Indian journal of veterinary science and animal husbandry - Volumes 18-21, 1948-1951
Year: 1948
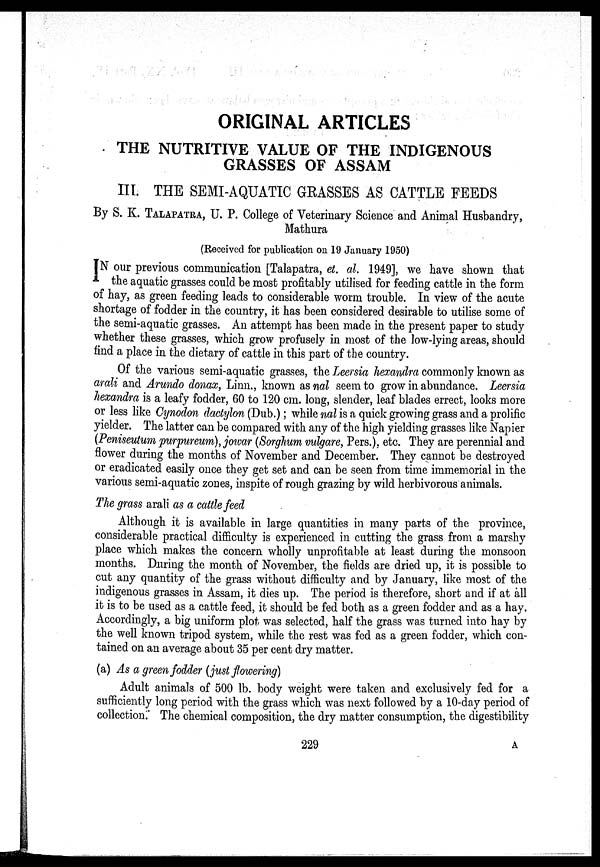
ORIGINAL ARTICLES
THE NUTRITIVE VALUE OF THE INDIGENOUS
GRASSES OF ASSAM
III. THE SEMI-AQUATIC GRASSES AS CATTLE FEEDS
By S. K. TALAPATRA, U. P. College of Veterinary Science and Animal Husbandry,
Mathura
(Received for publication on 19 January 1950)
IN our previous communication [Talapatra, et. al. 1949], we have shown that
the aquatic grasses could be most profitably utilised for feeding cattle in the form
of hay, as green feeding leads to considerable worm trouble. In view of the acute
shortage of fodder in the country, it has been considered desirable to utilise some of
the semi-aquatic grasses. An attempt has been made in the present paper to study
whether these grasses, which grow profusely in most of the low-lying areas, should
find a place in the dietary of cattle in this part of the country.
Of the various semi-aquatic grasses, the Leersia hexandra commonly known as
arali and Arundo donax, Linn., known as nal seem to grow in abundance. Leersia
hexandra is a leafy fodder, 60 to 120 cm. long, slender, leaf blades errect, looks more
or less like Cynodon dactylon (Dub.) ; while nal is a quick growing grass and a prolific
yielder. The latter can be compared with any of the high yielding grasses like Napier
(Peniseutum purpureum), jowar (Sorghum vulgare, Pers.), etc. They are perennial and
flower during the months of November and December. They cannot be destroyed
or eradicated easily once they get set and can be seen from time immemorial in the
various semi-aquatic zones, inspite of rough grazing by wild herbivorous animals.
The grass arali as a cattle feed
Although it is available in large quantities in many parts of the province,
considerable practical difficulty is experienced in cutting the grass from a marshy
place which makes the concern wholly unprofitable at least during the monsoon
months. During the month of November, the fields are dried up, it is possible to
cut any quantity of the grass without difficulty and by January, like most of the
indigenous grasses in Assam, it dies up. The period is therefore, short and if at all
it is to be used as a cattle feed, it should be fed both as a green fodder and as a hay.
Accordingly, a big uniform plot was selected, half the grass was turned into hay by
the well known tripod system, while the rest was fed as a green fodder, which con-
tained on an average about 35 per cent dry matter.
(a) As a green fodder (just flowering)
Adult animals of 500 lb. body weight were taken and exclusively fed for a
sufficiently long period with the grass which was next followed by a 10-day period of
collection. The chemical composition, the dry matter consumption, the digestibility
229
A